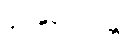
နာနုဘောန္တိ